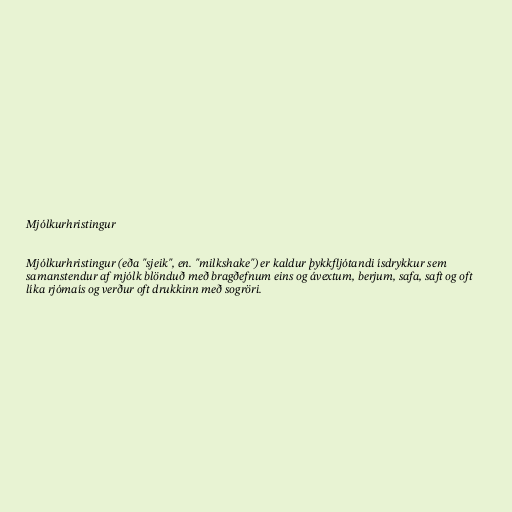
Mjólkurhristingur

Mjólkurhristingur (eða "sjeik", en. "milkshake") er kaldur þykkfljótandi ísdrykkur sem
samanstendur af mjólk blönduð með bragðefnum eins og ávextum, berjum, safa, saft og oft
líka rjómaís og verður oft drukkinn með sogröri.